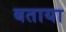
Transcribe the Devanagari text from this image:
बताया